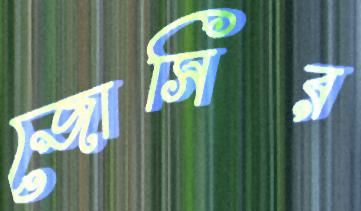
জোসির